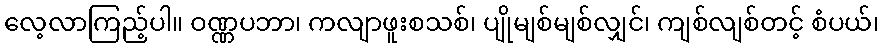
လေ့လာကြည့်ပါ။ ဝဏ္ဏပဘာ၊ ကလျာဖူးစသစ်၊ ပျိုမျစ်မျစ်လျှင်၊ ကျစ်လျစ်တင့် စံပယ်၊